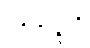
ပရိဘုဉ္ဇတိ